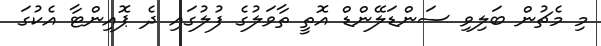
މި މެޗުން ބަލިވި ސަންޑަލޭންޑް އޮތީ ތާވަލުގެ ފުލުގައި ދެ ޕޮއިންޓާ އެކުގަ